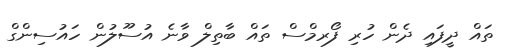
ތައް ދީފައި ދެން ހުރި ފޯރމްސް ތައް ބާތިލް ވާނެ އުސޫލުން ހައުސިންގް